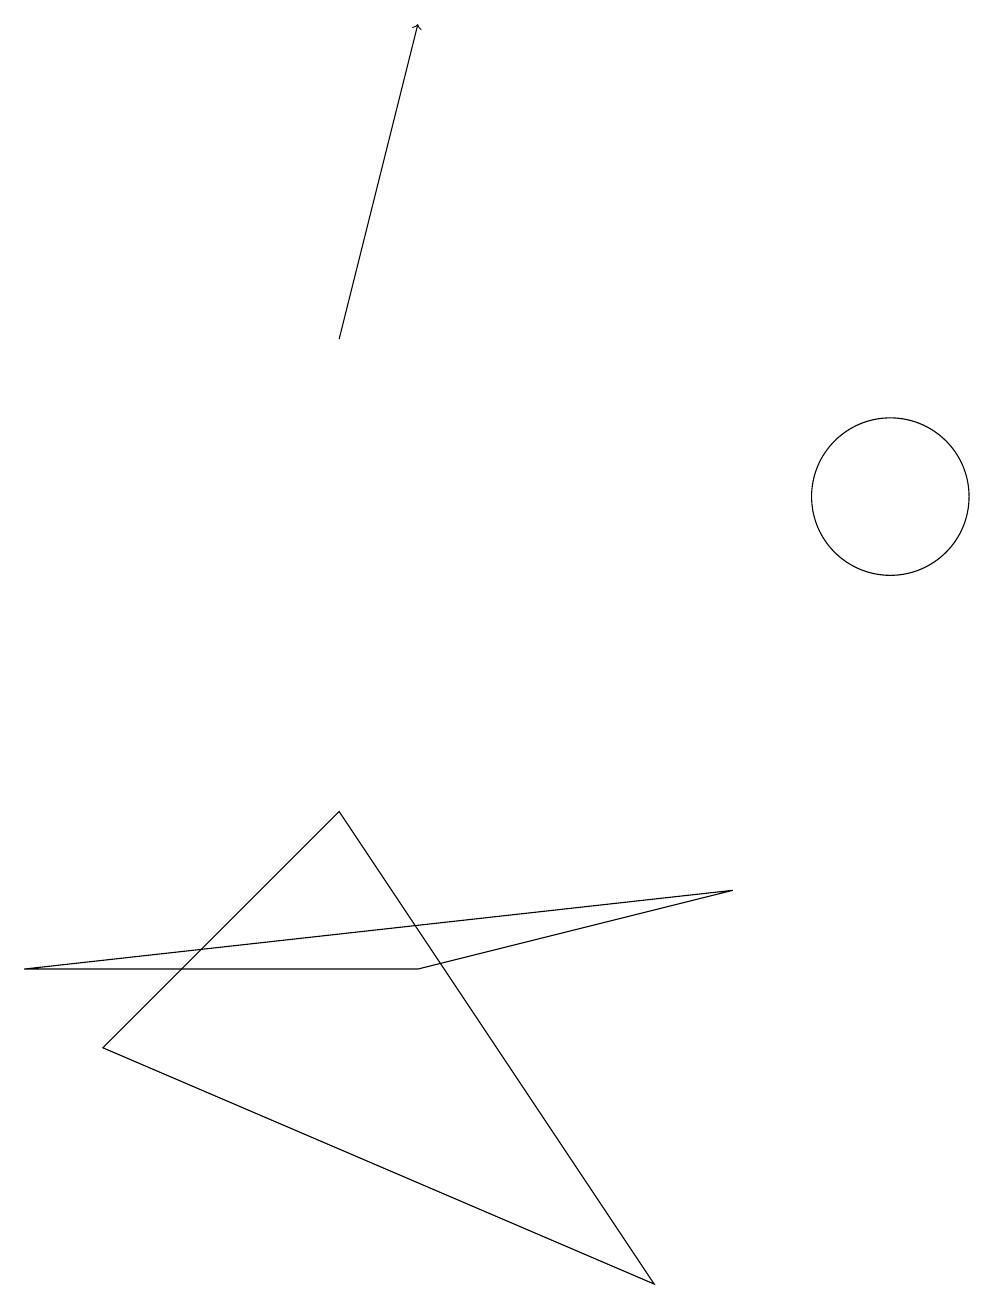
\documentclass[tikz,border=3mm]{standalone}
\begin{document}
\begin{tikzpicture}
\draw (11,11) circle (1);
\draw[->] (4,13) -- (5,17);
\draw (0,5) -- (5,5) -- (9,6) -- cycle;
\draw (1,4) -- (8,1) -- (4,7) -- cycle;
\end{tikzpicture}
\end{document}